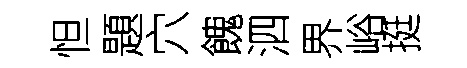
怛題穴餽泗界峪挺